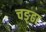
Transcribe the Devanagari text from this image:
चङ्ढा